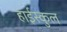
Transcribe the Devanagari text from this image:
हाईस्कुल